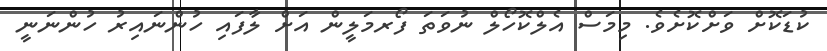
ކުޑަކޮށް ވަށްކޮށެވެ. މިމަސް އެލްކޮހޯލް ނުވަތަ ފޯރމަލީން އަށް ލާފައި ހުންނައިރު ހުންނަނީ